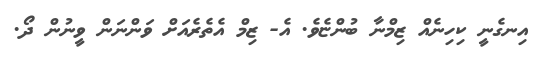
އިނގެނީ ކިހިނެއް ޒިމްނާ ބުންޏެވެ. އެ- ޒިމް އެތެރެއަށް ވަންނަން ވީނުން ދޯ.